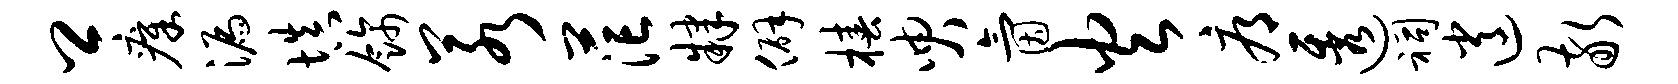
卿瘴漏填饰若茫肄僻椿臾氤火辱透祠逍敬